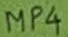
Text: MP4